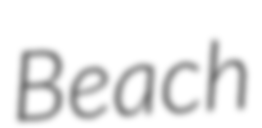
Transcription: Beach